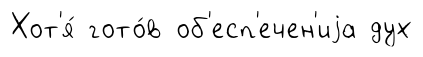
Хот'я́ гото́в об'есп'ечен'иjа дух